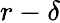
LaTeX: r-\delta